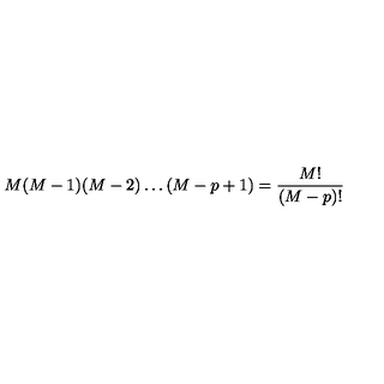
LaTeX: M ( M - 1 ) ( M - 2 ) \ldots ( M - p + 1 ) = \frac { M ! } { ( M - p ) ! }